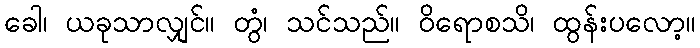
ခေါ၊ ယခုသာလျှင်။ တွံ၊ သင်သည်။ ဝိရောစသိ၊ ထွန်းပလော့။